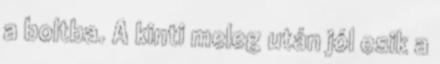
a boltba. A kinti meleg után jól esik a